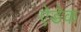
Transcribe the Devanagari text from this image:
ऐडेक